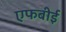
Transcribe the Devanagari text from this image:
एफबीई